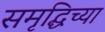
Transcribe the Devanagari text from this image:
समृद्धिच्या